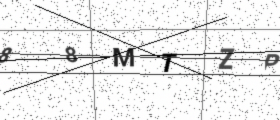
Text: 88MTZP